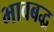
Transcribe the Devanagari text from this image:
भावबद्ध